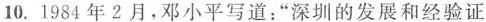
10.1984年2月，邓小平写道：“深圳的发展和经验证